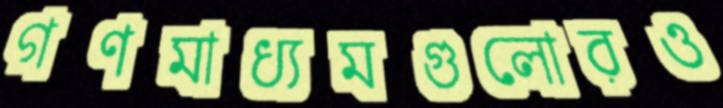
গণমাধ্যমগুলোরও